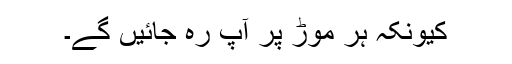
کیونکہ ہر موڑ پر آپ رہ جائیں گے۔